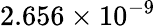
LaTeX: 2.656\times 10^{-9}